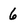
Character: 6